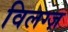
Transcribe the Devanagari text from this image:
विलग्ज़